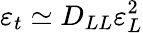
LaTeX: \varepsilon_{t}\simeq D_{LL}\varepsilon_{L}^{2}